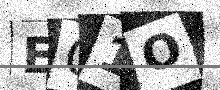
Text: EC1O